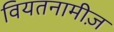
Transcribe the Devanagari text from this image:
वियतनामीज़